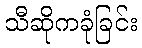
သီဆိုကခုံခြင်း